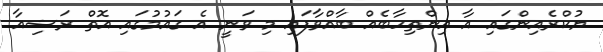
ޔުކްރެއިންގައި އާ އިންތިހާބެއް ބާއްވާފައި މި ވަނީ އެ ގައުމުގައި އޮތް ރަޝިއާ